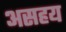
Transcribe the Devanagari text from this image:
असहय